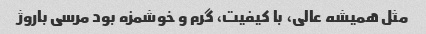
مثل همیشه عالی، با کیفیت، گرم و خوشمزه بود مرسی باروژ